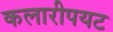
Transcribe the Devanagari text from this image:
कलारीपयट